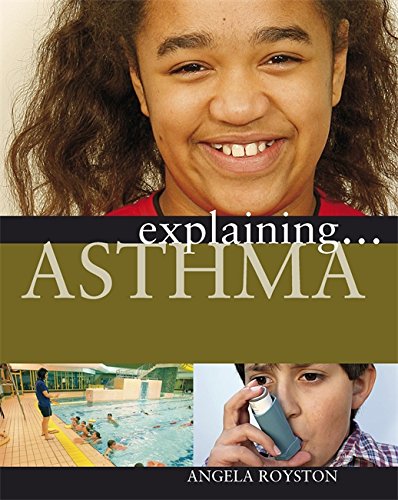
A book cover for Asthma (Explaining); Angela Royston; Health, Fitness & Dieting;